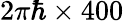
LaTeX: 2\pi\hbar\times 400